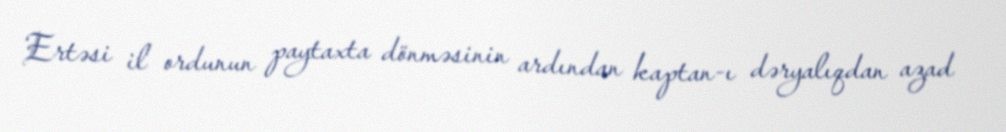
Ertəsi il ordunun paytaxta dönməsinin ardından kaptan-ı dəryalıqdan azad